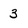
Character: 3